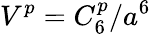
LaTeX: V^{p}=C_{6}^{p}/a^{6}